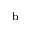
^ \mathrm { b }